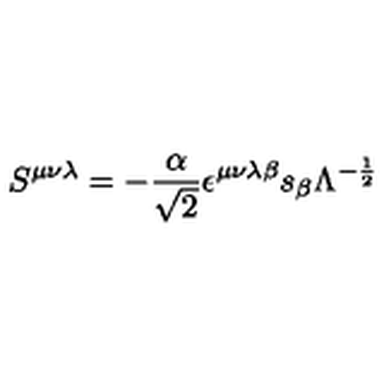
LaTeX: S ^ { { \mu } { \nu } { \lambda } } = - \frac { \alpha } { \sqrt { 2 } } { \epsilon } ^ { { \mu } { \nu } { \lambda } { \beta } } s _ { \beta } { \Lambda } ^ { - \frac { 1 } { 2 } }